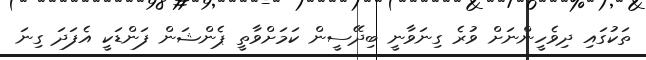
ތަކުގައި ދިވެހީންނަށް ވުރެ ގިނަވާނީ ބިދޭސީން ކަމަށްވާތީ ޕެންޝަން ފަންޑަކީ އެފަދަ ގިނަ